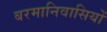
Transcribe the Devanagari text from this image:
बरमानिवासियों